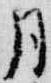
月